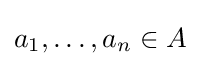
a_{1},\dots ,a_{n}\in A